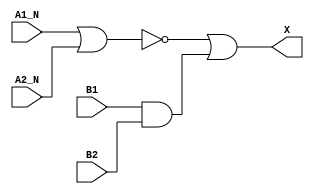
module sky130_fd_sc_ms__a2bb2o (
    X   ,
    A1_N,
    A2_N,
    B1  ,
    B2
);

    // Module ports
    output X   ;
    input  A1_N;
    input  A2_N;
    input  B1  ;
    input  B2  ;

    // Module supplies
    supply1 VPWR;
    supply0 VGND;
    supply1 VPB ;
    supply0 VNB ;

    // Local signals
    wire and0_out ;
    wire nor0_out ;
    wire or0_out_X;

    //  Name  Output     Other arguments
    and and0 (and0_out , B1, B2            );
    nor nor0 (nor0_out , A1_N, A2_N        );
    or  or0  (or0_out_X, nor0_out, and0_out);
    buf buf0 (X        , or0_out_X         );

endmodule